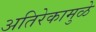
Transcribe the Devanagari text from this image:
अतिरेकामुळे